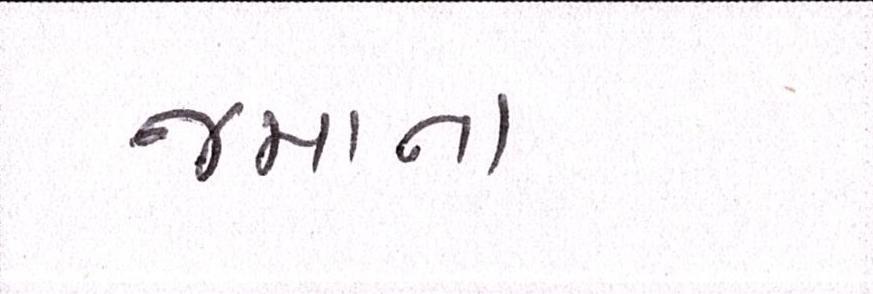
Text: જમાના